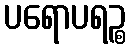
ပရောပရဉ္စ